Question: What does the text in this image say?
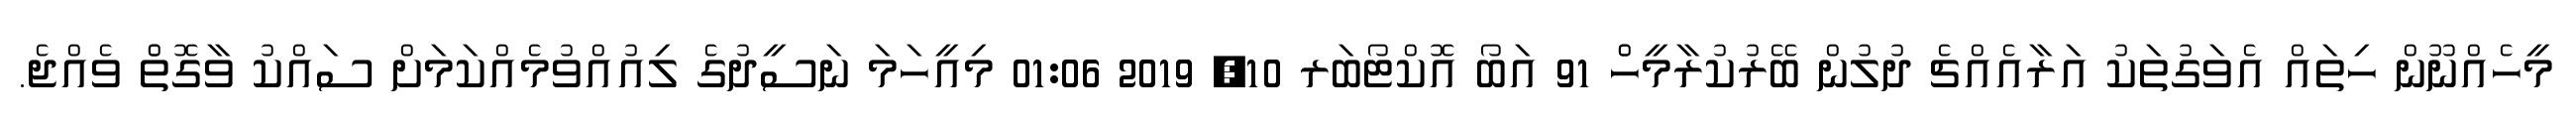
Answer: މީހެއްނޫން ހިތައް އެވަގުތަކު އަރާއެއްޗެ ދުލުން ބޭރުކުރާމީހެް 91 އަބޯ އޮކްޓޯބަރ 10, 2019 01:06 މިއީހަމަ ނަސީދުގެ ލިއުއްވުމެއްކަމަށް ސައްކު ވާގޮތެް ވެއްޖެ.